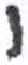
אות: י